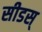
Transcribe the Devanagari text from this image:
सीडस्